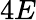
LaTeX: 4E